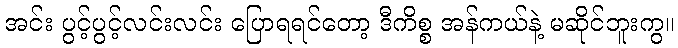
အင်း ပွင့်ပွင့်လင်းလင်း ပြောရရင်တော့ ဒီကိစ္စ အန်ကယ်နဲ့ မဆိုင်ဘူးကွ။